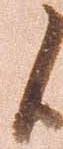
候